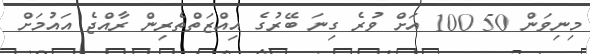
މިނިވަން 50 100 އަށް ވުރެ ގިނަ ބޭރުގެ އިއްޒަތްތެރިން ރާއްޖެ އައުމަށް